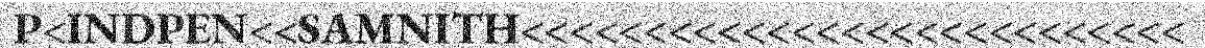
P<INDPEN<<SAMNITH<<<<<<<<<<<<<<<<<<<<<<<<<<<